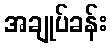
အချုပ်ခန်း